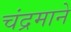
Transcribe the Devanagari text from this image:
चंद्रमाने